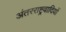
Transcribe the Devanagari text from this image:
अंतरराष्ट्रवादियों